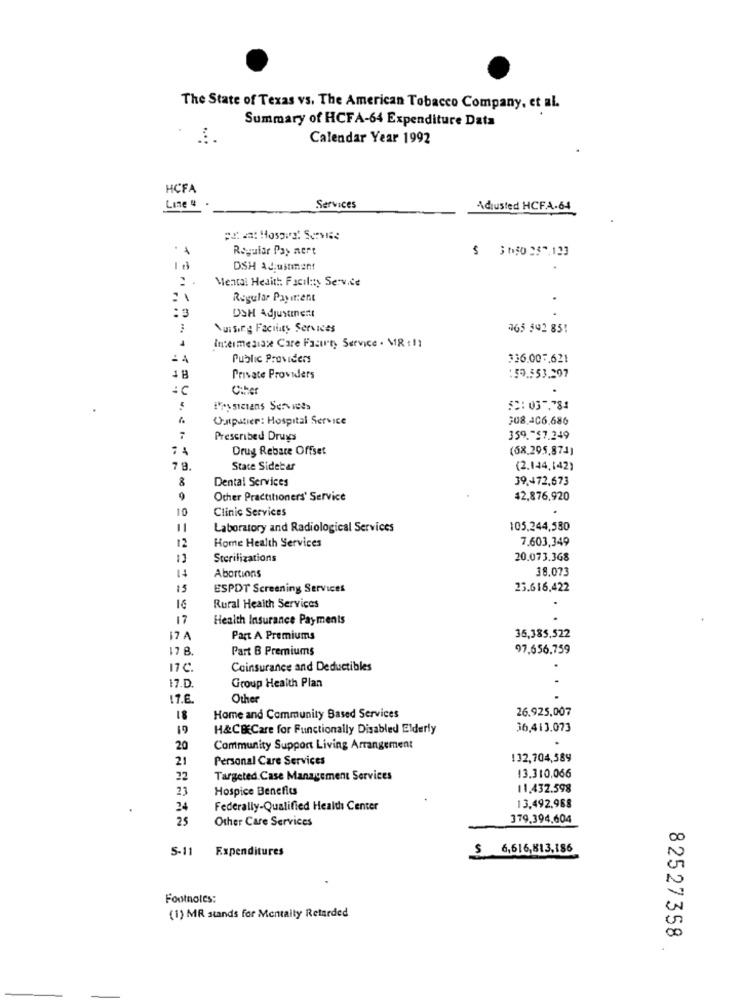
The State of Texas vs. The American Tobacco Company, et al.
Summary of HCFA-64 Expenditure Data
Calendar Year 1992
HCFA
Line 4
Services
Adjusted HCFA-64
Regular Pay mert
DSH Adjustment
Mental Health: Facility Service
Regular Payment
:3
DSH Adjustment
Nursing Facility Services
365 592 851
Intermediax Care Fasten Service . MR . 11
Public Providers
336.00F.621
Private Providers
: 59.553.297
Ciher
Physicians Services
52:03.784
Outpatier: Hospital Service
308.406.686
7
Prescribed Drugs
359 .- $7.249
Drug Rebare Offset
(68.295,874)
7 8.
State Sidebar
(2.144,142)
8
Dental Services
39.472,673
9
Other Practitioners' Service
42,876,920
10
Clinic Services
Laboratory and Radiological Services
105.244,580
Home Health Services
7.603,349
12
13
Sterilizations
20.073.368
11
Abortions
38,073
15
ESPDT Screening Services
25.616,422
Rural Health Services
16
17
Health Insurance Payments
17A
Part A Premiums
36,385,522
17 B
Part B Premiums
97.656.759
17C.
Coinsurance and Deductibles
17.D.
Group Health Plan
17.E.
Other
26.925.007
18
Home and Community Based Services
19
H&C&Care for Functionally Disabled Elderly
36,413.073
20
Community Support Living Arrangement
21
Personal Care Services
132,704,589
22
Targeted Case Management Services
13.310,066
23
Hospice Benefits
11.432.598
24
Federally-Qualified Health Center
13,492,968
25
Other Care Services
379.394,604
5-11
Expenditures
$ 6,616,813,186
Footnotes:
(1) MR stands for Mentally Retarded
82527358
.